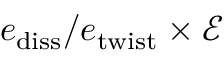
e _ { \mathrm { d i s s } } / e _ { \mathrm { t w i s t } } \times \mathcal { E }